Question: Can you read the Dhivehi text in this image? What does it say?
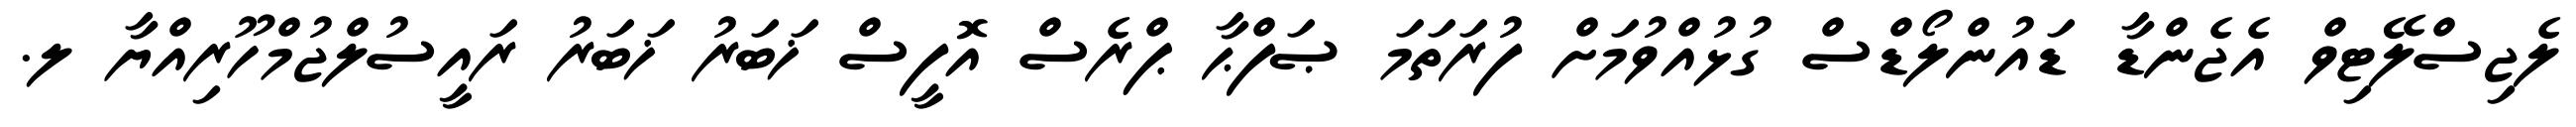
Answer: ލެޖިސްލޭޓިވް އެޖެންޑާ ޑައުންލޯޑްސް ގުޅުއްވުމަށް ފުރަތަމަ ޞަފްޙާ ޕްރެސް އޮފީސް ޚަބަރު ޚަބަރު ރައީސުލްޖުމްހޫރިއްޔާ ލ.